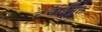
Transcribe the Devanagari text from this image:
टंचाईमुक्त